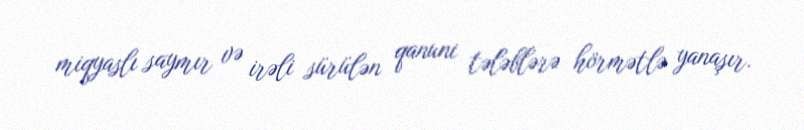
miqyaslı saymır və irəli sürülən qanuni tələblərə hörmətlə yanaşır.